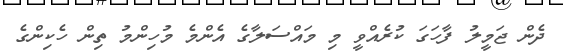
ދެން ޖަމީލު ފާހަގަ ކުރެއްވީ މި މައްސަލާގެ އެންމެ މުހިންމު ތިން ހެކިންގެ